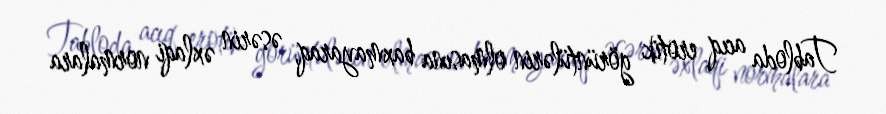
Tabloda acıq erotik görüntülərin olmasına baxmayaraq, əsərin əxlaqi normalara